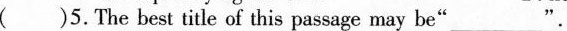
( )5.The best title of this passage may be"___________".